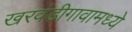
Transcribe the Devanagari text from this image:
खरवंडीगावामध्ये